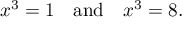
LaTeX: x ^ { 3 } = 1 \quad { \mathrm { a n d } } \quad x ^ { 3 } = 8 .